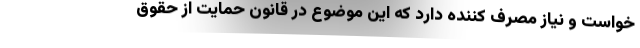
خواست و نیاز مصرف کننده دارد که این موضوع در قانون حمایت از حقوق